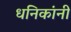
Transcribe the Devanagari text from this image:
धनिकांनी